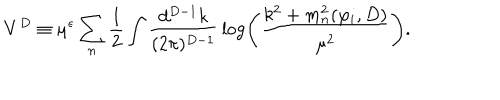
V ^ { D } \equiv \mu ^ { \epsilon } \sum _ { n } { \frac { 1 } { 2 } } \int { \frac { d ^ { D - 1 } k } { ( 2 \pi ) ^ { D - 1 } } } \log \left( { \frac { k ^ { 2 } + m _ { n } ^ { 2 } ( \varphi _ { i } , D ) } { \mu ^ { 2 } } } \right) .